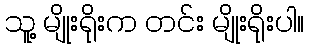
သူ့ မျိုးရိုးက တင်း မျိုးရိုးပါ။